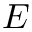
E